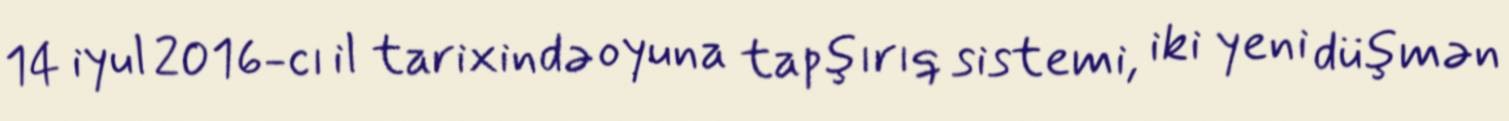
14 iyul 2016-cı il tarixində oyuna tapşırıq sistemi, iki yeni düşmən